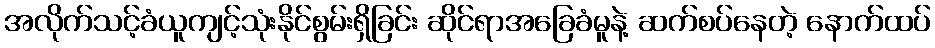
အလိုက်သင့်ခံယူကျင့်သုံးနိုင်စွမ်းရှိခြင်း ဆိုင်ရာအခြေခံမူနဲ့ ဆက်စပ်နေတဲ့ နောက်ထပ်